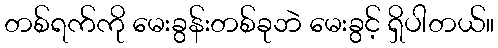
တစ်ရက်ကို မေးခွန်းတစ်ခုဘဲ မေးခွင့် ရှိပါတယ်။